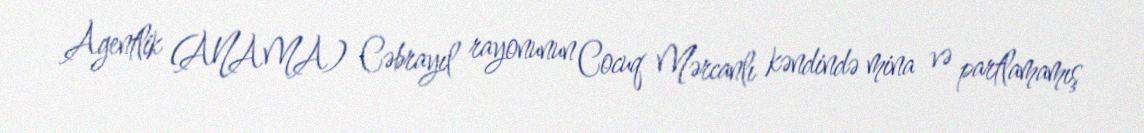
Agentlik (ANAMA) Cəbrayıl rayonunun Cocuq Mərcanlı kəndində mina və partlamamış